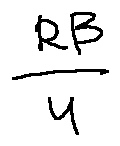
\frac { R \beta } { u }